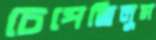
চেপেছিলুম